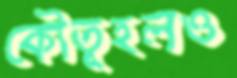
কৌতূহলও